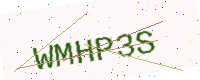
Text: WMHP3S